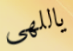
ياللهى